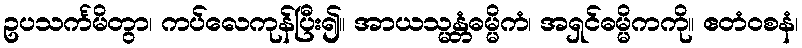
ဥပသင်္ကမိတွာ၊ ကပ်လေကုန်ပြီး၍။ အာယသ္မန္တံဓမ္မိကံ၊ အရှင်ဓမ္မိကကို။ ဧတံဝစနံ၊